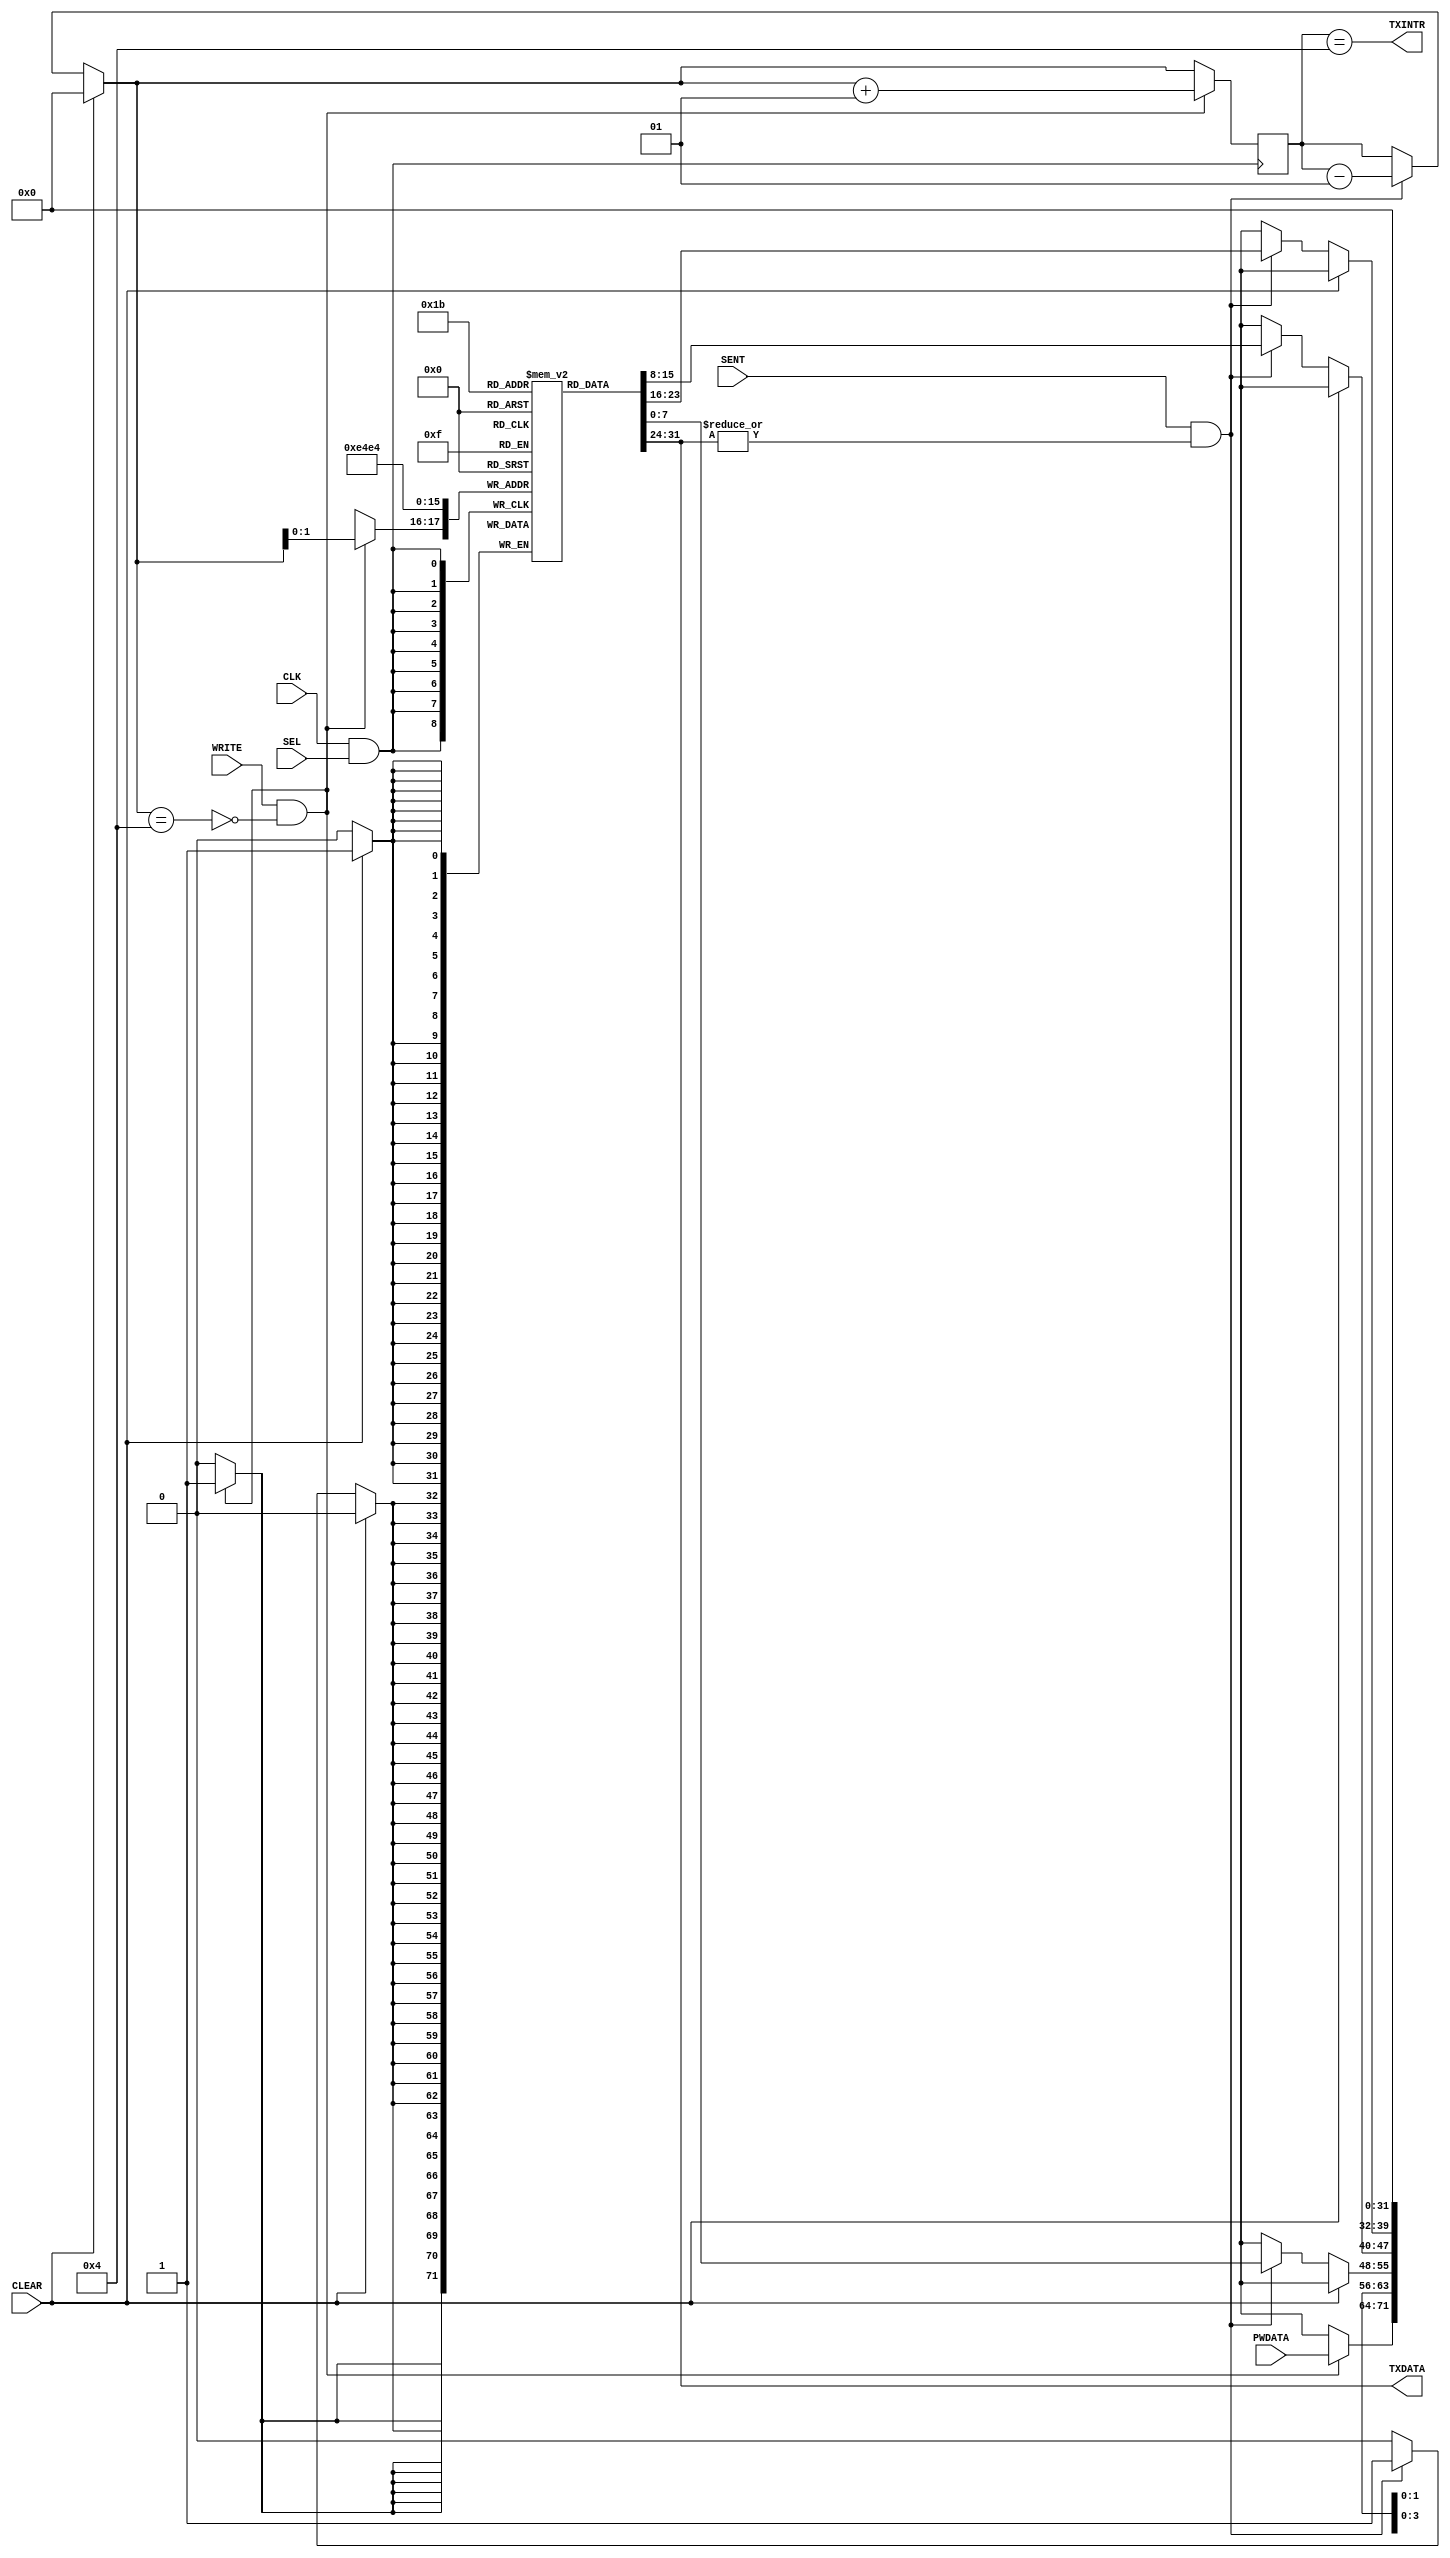
module TXFIFO (TXDATA, TXINTR,
              CLEAR, CLK, PWDATA, SEL, WRITE, SENT); //Receive FIFO
  output[7:0] TXDATA;
  output TXINTR;
  input CLEAR, CLK, SEL, WRITE, SENT;
  input[7:0] PWDATA;
  reg[7:0] TX_mem[3:0];
  wire EMPTY;
  assign TXDATA = TX_mem[0];
  assign EMPTY = ~(|TX_mem[0]);
  integer tx_count;
  assign TXINTR = (tx_count == 4);
  initial
    tx_count = 0;
  always @ (posedge CLK & SEL)
    begin
      if(CLEAR)
        begin
          TX_mem[0] <= 8'b0;
          TX_mem[1] <= 8'b0;
          TX_mem[2] <= 8'b0;
          TX_mem[3] <= 8'b0;
          tx_count = 0;
        end
      else
        if(SENT & ~EMPTY) //reading from TXFIFO
          begin
            TX_mem[0] <= TX_mem[1];
            TX_mem[1] <= TX_mem[2];
            TX_mem[2] <= TX_mem[3];
            TX_mem[3] <= 8'bx;
            tx_count = tx_count - 1;
          end
        if(WRITE & ~(tx_count == 4))//WRITING TO TXFIFO
          begin
            TX_mem[tx_count] <= PWDATA;
            tx_count = tx_count + 1;
          end
        else
          $display("incorrect inputs, doing nothing");
    end

initial
  $monitor("%d %b %b %b %b %b",$time, TX_mem[3], TX_mem[2], TX_mem[1], TX_mem[0], TXINTR);
endmodule //TxFIFO